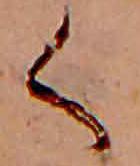
く